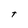
Character: t